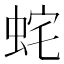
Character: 䖳